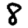
Digit: 8